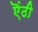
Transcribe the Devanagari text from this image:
ऎंठी